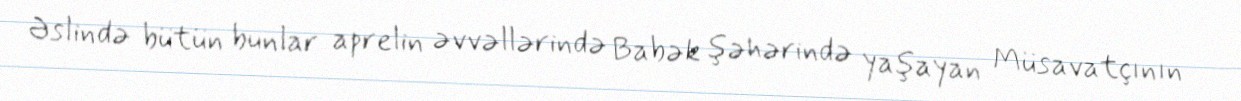
Əslində bütün bunlar aprelin əvvəllərində Babək şəhərində yaşayan Müsavatçının